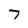
Character: 7